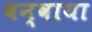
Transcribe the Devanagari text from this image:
बन्वाया